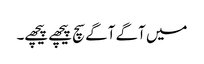
میں آگے آگے سچ پیچھے پیچھے۔